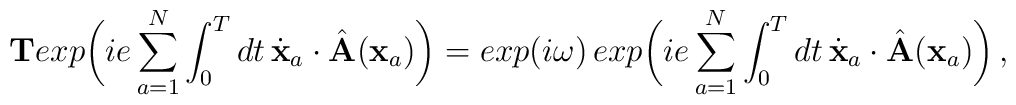
{\bf T}exp\biggl(ie\sum_{a=1}^N\int_0^T dt\,{\dot {\bf x}}_a\cdot {\hat{\bf A}}({\bf x}_a)\biggr) =exp(i\omega)\,exp\biggl(ie\sum_{a=1}^N\int_0^T dt\, {\dot {\bf x}}_a\cdot {\hat{\bf A}}({\bf x}_a)\biggr) \,,